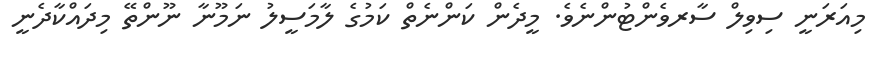
މިއަރަނީ ސިވިލް ސާރވެންޓުންނެވެ. މީދެން ކަންނެތް ކަމުގެ ލާމަސީލު ނަމޫނާ ނޫންތޭ މިދައްކާދެނީ